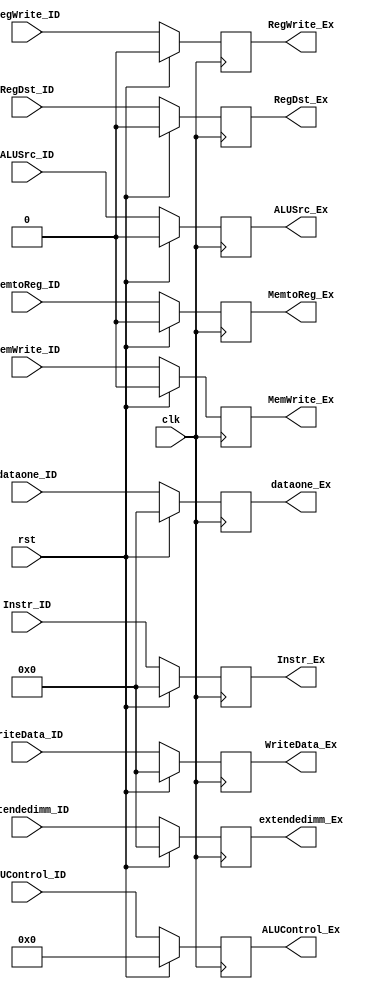
`timescale 1ns/1ns

module ID_EX(input clk, input rst,
             input[31:0] dataone_ID,
             output reg [31:0] dataone_Ex,
             input[31:0] WriteData_ID,
             output reg [31:0] WriteData_Ex,
             input[31:0] extendedimm_ID,
             output reg [31:0] extendedimm_Ex,
             input [31:0] Instr_ID,
             output reg [31:0] Instr_Ex,
             input RegWrite_ID,
             output reg RegWrite_Ex,
             input MemtoReg_ID, 
             output reg MemtoReg_Ex,
             input MemWrite_ID, 
             output reg MemWrite_Ex, 
             input [3:0]ALUControl_ID,
             output reg [3:0]ALUControl_Ex,
             input ALUSrc_ID,
             output reg ALUSrc_Ex,  
             input RegDst_ID,
             output reg RegDst_Ex);
			 
	always@(posedge clk)
	
    begin
		if (rst) begin
			dataone_Ex <= 0;
			WriteData_Ex <= 0;
			extendedimm_Ex <= 0;
			Instr_Ex <= 0;
			RegWrite_Ex <= 0;
			MemtoReg_Ex <= 0;
			MemWrite_Ex <= 0;
			ALUControl_Ex <= 0;
			ALUSrc_Ex <= 0;
			RegDst_Ex <= 0;
		  end
		else begin
			dataone_Ex <= dataone_ID;
			WriteData_Ex <= WriteData_ID;
			extendedimm_Ex <= extendedimm_ID;
			Instr_Ex <= Instr_ID;
			RegWrite_Ex <= RegWrite_ID;
			MemtoReg_Ex <= MemtoReg_ID;
			MemWrite_Ex <= MemWrite_ID;
			ALUControl_Ex <= ALUControl_ID;
			ALUSrc_Ex <= ALUSrc_ID;
			RegDst_Ex <= RegDst_ID;
		end
    end
endmodule